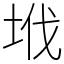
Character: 㘺